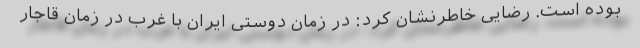
بوده است. رضایی خاطرنشان کرد: در زمان دوستی ایران با غرب در زمان قاجار